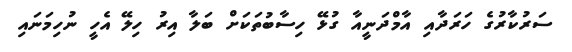
ސަރުކާރުގެ ހަރަދާއި އާމްދަނީއާ ގުޅޭ ހިސާބުތަކަށް ބަލާ އިރު ހިލޭ އެހީ ނުހިމަނައި